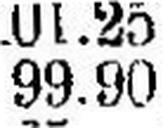
99.90